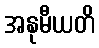
အနုမီယတိ